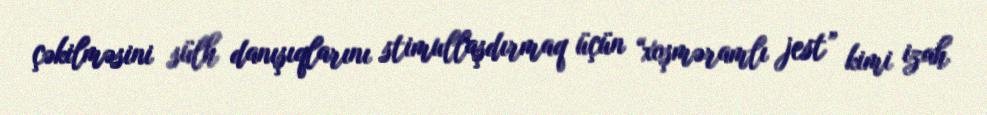
çəkilməsini sülh danışıqlarını stimullaşdırmaq üçün “xoşməramlı jest” kimi izah